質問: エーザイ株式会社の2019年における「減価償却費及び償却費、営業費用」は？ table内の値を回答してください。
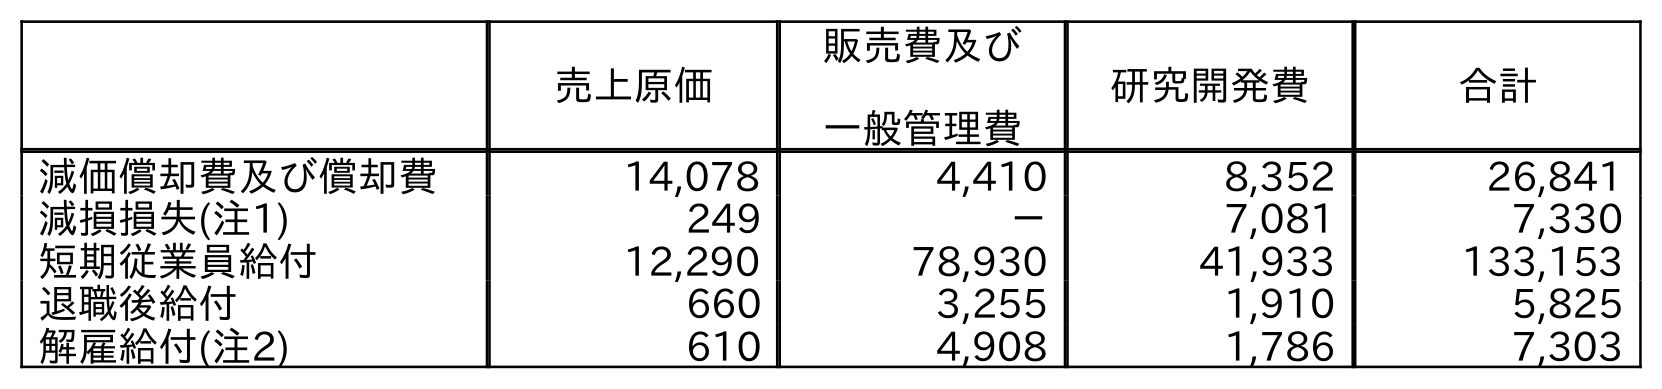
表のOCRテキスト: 売上原価 販売費及び 一般管理費 研究開発費 合計 減価償却費及び償却費 14,078 4,410 8,352 26,841 減損損失(注1) 249 － 7,081 7,330 短期従業員給付 12,290 78,930 41,933 133,153 退職後給付 660 3,255 1,910 5,825 解雇給付(注2) 610 4,908 1,786 7,303
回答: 26,841